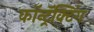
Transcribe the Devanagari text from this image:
कॉन्ट्रॅक्टिंग